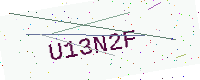
Text: U13N2F